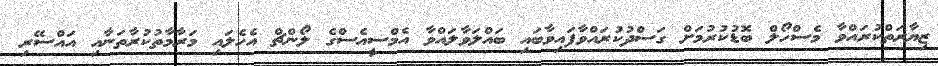
ޒިޔާރަތްކުރައްވާ މެސްހޯލް ބޮޑުކުރުމަށް ގަސްދުކުރައްވާފައިވާބައި ބައްލަވާލައްވާ އެމްސީއެސްގެ ލޯންޗް އެހެލައި މަރާމާތުކުރާތަނާއި އައްސޭރި